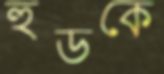
হুডকে